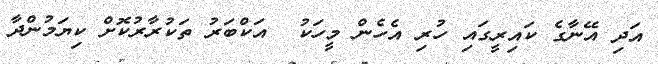
އަދި އޭނާގެ ކައިރީގައި ހުރި އެހެން މީހަކު  އަކްބަރު ތަކުރާރުކޮށް ކިޔަމުންދާ